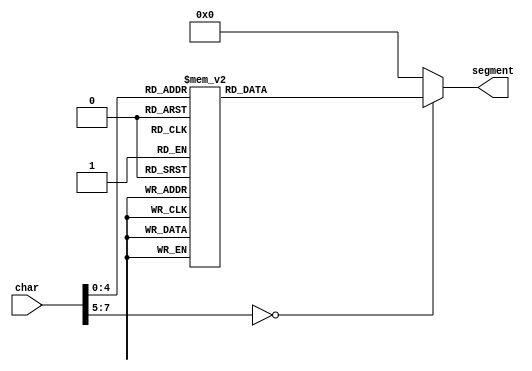
module seven_segment_10 (
    input [7:0] char,
    output reg [6:0] segment
  );
  
  
  
  always @* begin
    
    case (char)
      1'h0: begin
        segment = 7'h3f;
      end
      1'h1: begin
        segment = 7'h06;
      end
      2'h2: begin
        segment = 7'h5b;
      end
      2'h3: begin
        segment = 7'h4f;
      end
      3'h4: begin
        segment = 7'h66;
      end
      3'h5: begin
        segment = 7'h6d;
      end
      3'h6: begin
        segment = 7'h7d;
      end
      3'h7: begin
        segment = 7'h07;
      end
      4'h8: begin
        segment = 7'h7f;
      end
      4'h9: begin
        segment = 7'h67;
      end
      4'ha: begin
        segment = 7'h73;
      end
      4'hb: begin
        segment = 7'h77;
      end
      4'hc: begin
        segment = 7'h74;
      end
      4'hd: begin
        segment = 7'h31;
      end
      4'he: begin
        segment = 7'h79;
      end
      4'hf: begin
        segment = 7'h40;
      end
      5'h10: begin
        segment = 7'h3e;
      end
      5'h11: begin
        segment = 7'h5c;
      end
      5'h12: begin
        segment = 7'h5e;
      end
      5'h13: begin
        segment = 7'h1c;
      end
      5'h14: begin
        segment = 7'h37;
      end
      5'h15: begin
        segment = 7'h39;
      end
      5'h16: begin
        segment = 7'h71;
      end
      5'h17: begin
        segment = 7'h50;
      end
      5'h18: begin
        segment = 7'h7c;
      end
      5'h19: begin
        segment = 7'h54;
      end
      5'h1a: begin
        segment = 7'h76;
      end
      5'h1b: begin
        segment = 7'h78;
      end
      5'h1c: begin
        segment = 7'h58;
      end
      5'h1d: begin
        segment = 7'h38;
      end
      default: begin
        segment = 7'h00;
      end
    endcase
  end
endmodule